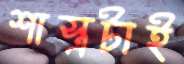
শাস্ত্রটাই